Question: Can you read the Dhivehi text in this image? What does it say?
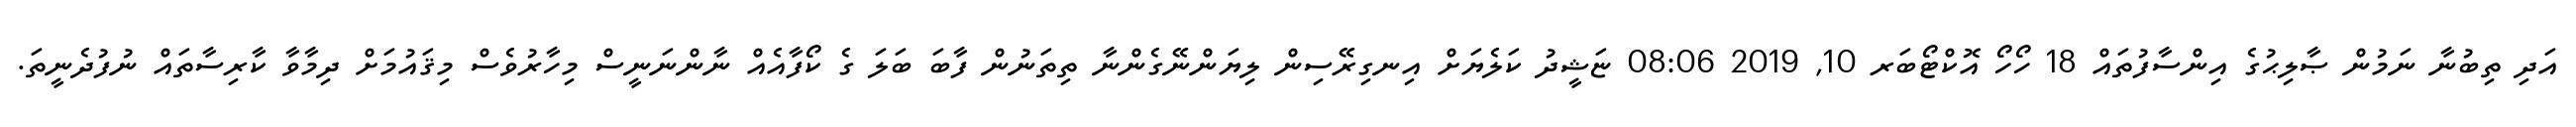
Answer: އަދި ތިބުނާ ނަމުން ޞާލިޙުގެ އިންސާފުތައް 18 ހޯހޯ އޮކްޓޯބަރ 10, 2019 08:06 ޏަޝީދު ކަލެޔަށް އިނގިރޭސިން ލިޔަންނޭގެންނާ ތިތަނުން ފާބަ ބަލަ ގެ ކޯފާއެއް ނާންނަނީސް މިހާރުވެސް މިޤައުމަށް ދިމާވާ ކާރިސާތައް ނުފުދެނީތަ.